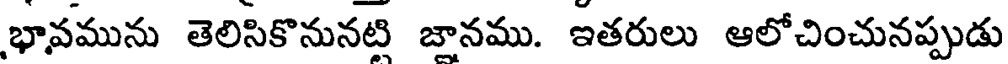
భావమును తెలిసికొనునటి జానము. ఇతరులు ఆలోచించునప్పుడు